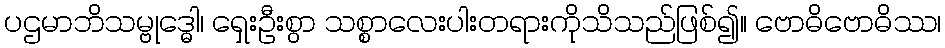
ပဌမာဘိသမ္ဗုဒ္ဓေါ၊ ရှေးဦးစွာ သစ္စာလေးပါးတရားကိုသိသည်ဖြစ်၍။ ဗောဓိဗောဓိဿ၊